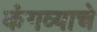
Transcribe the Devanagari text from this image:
कंगव्याचे